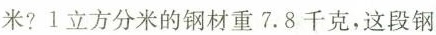
米?1立方分米的钢材重7.8千克，这段钢